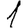
Digit: 1